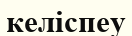
келіспеу